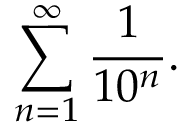
\sum _ { n = 1 } ^ { \infty } { \frac { 1 } { 1 0 ^ { n } } } .